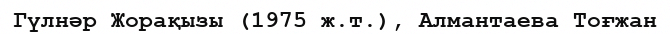
Гүлнәр Жорақызы (1975 ж.т.), Алмантаева Тоғжан